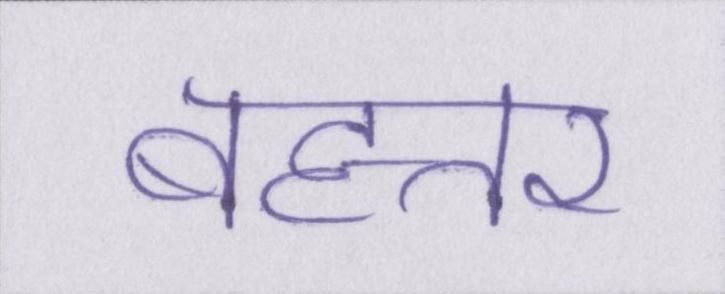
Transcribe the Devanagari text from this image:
बहत्तर